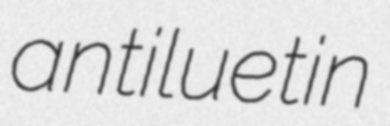
antiluetin